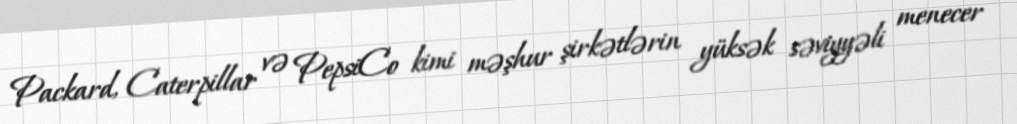
Packard, Caterpillar və PepsiCo kimi məşhur şirkətlərin yüksək səviyyəli menecer